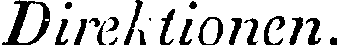
Direktionen.